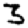
Digit: 3